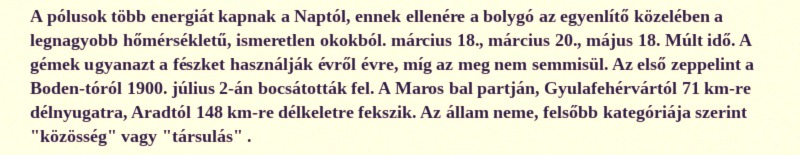
A pólusok több energiát kapnak a Naptól, ennek ellenére a bolygó az egyenlítő közelében a legnagyobb hőmérsékletű, ismeretlen okokból. március 18., március 20., május 18. Múlt idő. A gémek ugyanazt a fészket használják évről évre, míg az meg nem semmisül. Az első zeppelint a Boden-tóról 1900. július 2-án bocsátották fel. A Maros bal partján, Gyulafehérvártól 71 km-re délnyugatra, Aradtól 148 km-re délkeletre fekszik. Az állam neme, felsőbb kategóriája szerint "közösség" vagy "társulás" .